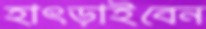
হাৎড়াইবেন